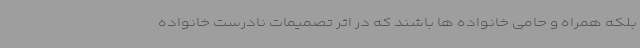
بلکه همراه و حامی خانواده ها باشند که در اثر تصمیمات نادرست خانواده